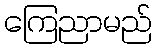
ကြေညာမည်